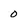
Character: 0